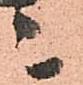
ニ